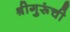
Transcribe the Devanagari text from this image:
श्रीगुरूंची